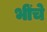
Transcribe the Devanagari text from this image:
भींचे